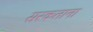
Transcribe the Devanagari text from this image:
सरकताना